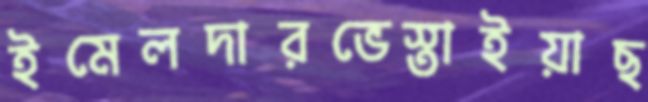
ইমেলদারভেস্তাইয়াছ